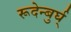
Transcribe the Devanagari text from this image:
रूदेन्बुर्घ्